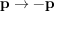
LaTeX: \mathbf { p } \rightarrow - \mathbf { p }